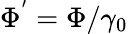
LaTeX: \Phi^{'}=\Phi/\gamma_{0}